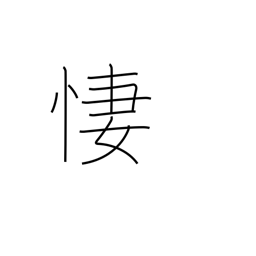
Meaning: be sorrowful